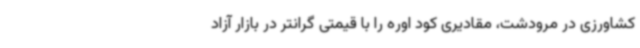
کشاورزی در مرودشت، مقادیری کود اوره را با قیمتی گرانتر در بازار آزاد